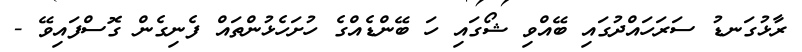
ރާޅުގަނޑު ސަރަހައްދުގައި ބޭއްވި ޝޯގައި ހަ ބޭންޑެއްގެ ހުށަހެޅުންތައް ފެނިގެން ގޮސްފައިވޭ -